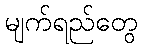
မျက်ရည်တွေ